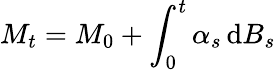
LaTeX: M_{t}=M_{0}+\int_{0}^{t}\alpha_{s}\, \mathrm{d}B_{s}